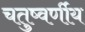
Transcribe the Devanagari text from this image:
चतुष्वर्णीय